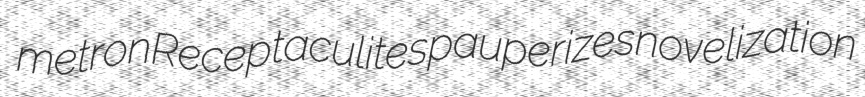
metron Receptaculites pauperizes novelization